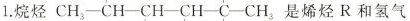
1.烷烃 是烯烃R和氢气